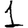
Digit: 1